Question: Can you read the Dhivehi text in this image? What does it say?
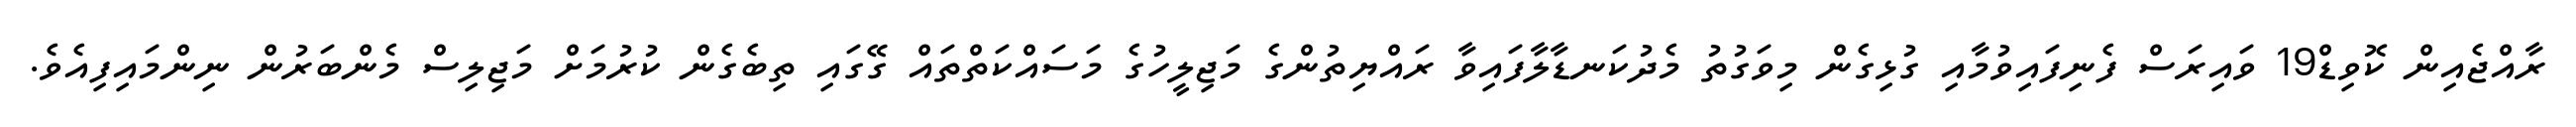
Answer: ރާއްޖެއިން ކޮވިޑް19 ވައިރަސް ފެނިފައިވުމާއި ގުޅިގެން މިވަގުތު މެދުކަނޑާލާފައިވާ ރައްޔިތުންގެ މަޖިލީހުގެ މަސައްކަތްތައް ގޭގައި ތިބެގެން ކުރުމަށް މަޖިލިސް މެންބަރުން ނިންމައިފިއެވެ.